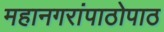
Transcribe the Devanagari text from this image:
महानगरांपाठोपाठ